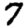
Digit: 7